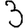
Digit: 3